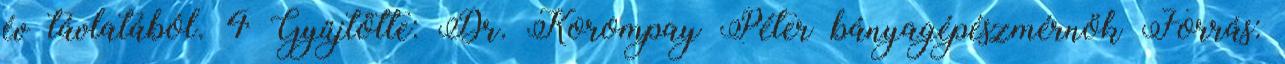
év távlatából. 4 Gyűjtötte: Dr. Korompay Péter bányagépészmérnök Forrás: